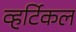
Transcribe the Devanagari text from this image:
व्हर्टिकल